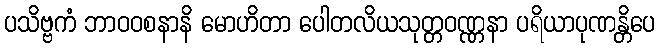
ပသိဗ္ဗကံ ဘာဝဝစနာနိ မောဟိတာ ပေါတလိယသုတ္တဝဏ္ဏနာ ပရိယာပုဏန္တိပေ